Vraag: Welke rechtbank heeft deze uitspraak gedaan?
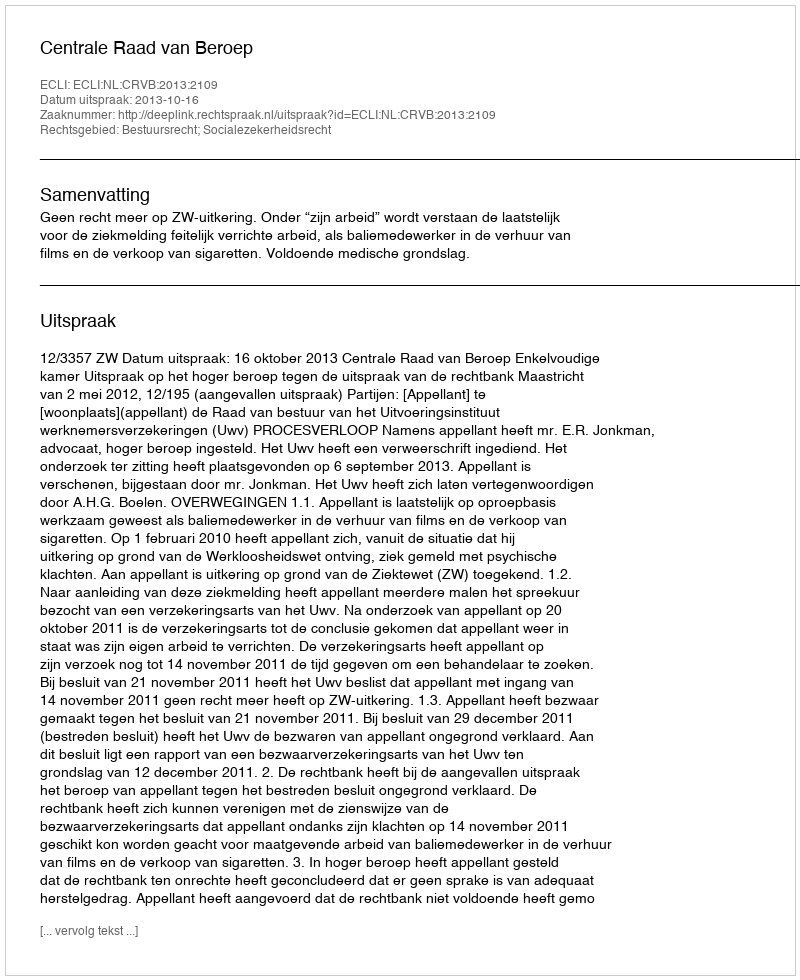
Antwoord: Centrale Raad van Beroep